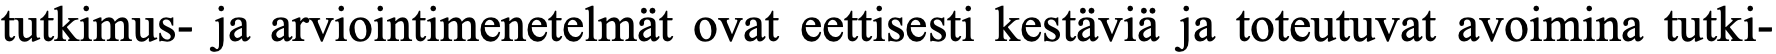
tutkimus- ja arviointimenetelmät ovat eettisesti kestäviä ja toteutuvat avoimina tutki-